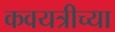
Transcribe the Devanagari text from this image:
कवयत्रीच्या